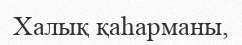
Халық қаһарманы,